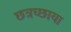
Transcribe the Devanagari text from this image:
छत्रच्छाया